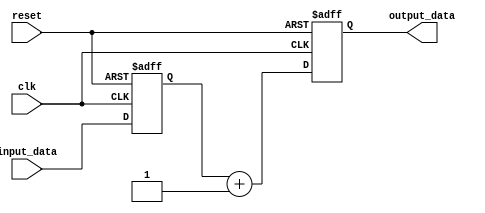
module example_design (
    input wire clk,               // Clock signal
    input wire reset,             // Reset signal
    input wire [7:0] input_data,  // 8-bit input data
    output reg [7:0] output_data   // 8-bit output data
);

// Signal Declaration
reg [7:0] internal_reg; // Internal register to hold data

// Task Definition
task update_output;
    begin
        // Non-blocking assignment to update output_data
        output_data <= internal_reg + 1; // Increment internal_reg and assign to output_data
    end
endtask

// Event Handling and Continuous Assignment
always @(posedge clk or posedge reset) begin
    if (reset) begin
        internal_reg <= 8'b0; // Reset internal register
        output_data <= 8'b0;  // Reset output data
    end else begin
        internal_reg <= input_data; // Capture input data into internal register
        update_output;              // Call task to update output_data
    end
end

endmodule